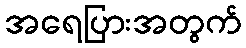
အရေပြားအတွက်